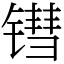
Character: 𬭬